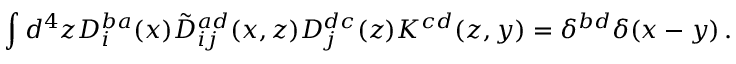
\int d ^ { 4 } z D _ { i } ^ { b a } ( x ) \tilde { \cal D } _ { i j } ^ { a d } ( x , z ) D _ { j } ^ { d c } ( z ) { \cal K } ^ { c d } ( z , y ) = \delta ^ { b d } \delta ( x - y ) \, .